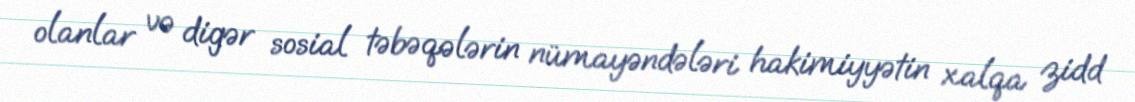
olanlar və digər sosial təbəqələrin nümayəndələri hakimiyyətin xalqa zidd